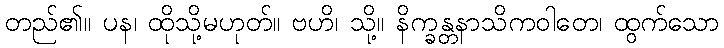
တည်၏။ ပန၊ ထိုသို့မဟုတ်။ ဗဟိ၊ သို့။ နိက္ခန္တနာသိကဝါတေ၊ ထွက်သော